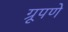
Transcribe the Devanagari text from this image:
ग्रूपणे